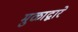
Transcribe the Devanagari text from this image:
मुळाद्वारे